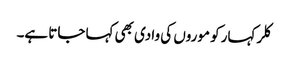
کلر کہار کو موروں کی وادی بھی کہا جاتا ہے۔